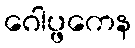
ဂေါပ္ဖကေန